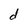
Character: d